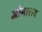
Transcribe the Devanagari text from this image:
जोगाराव